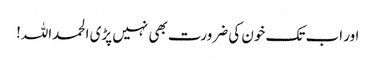
اور اب تک خون کی ضرورت بھی نہیں پڑی الحمداللہ!